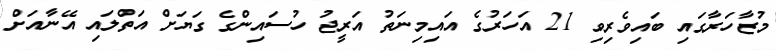
މުޒާހަރާގައި ބައިވެރިވި 21 އަހަރުގެ އައިމިނަތު އަރީޖު ހުސައިންގެ ގަޔަށް އަތްލައި އޭނާއަށް